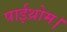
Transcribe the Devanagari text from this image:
पाईथ्रोम।